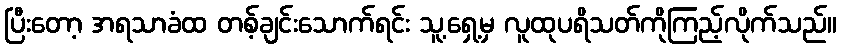
ပြီးတော့ အရသာခံထ တစ့်ချင်းသောက်ရင်း သူ့ရှေ့မှ လူထုပရိသတ်ကိုကြည့်လိုက်သည်။